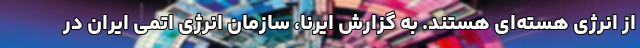
از انرژی هسته‌ای هستند. به گزارش ایرنا، سازمان انرژی اتمی ایران در